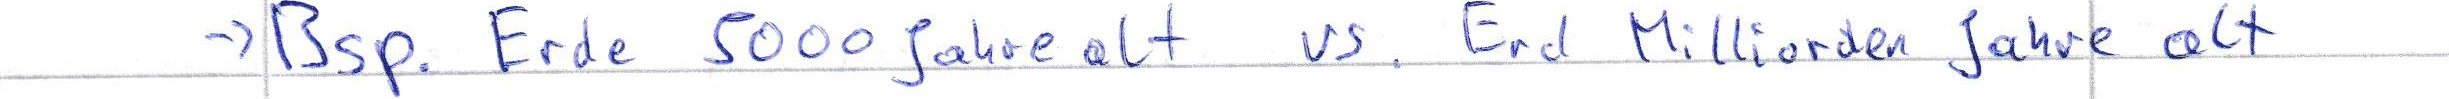
-> Bsp. Erde 5000 Jahre alt vs. Erd Milliarden Jahre alt